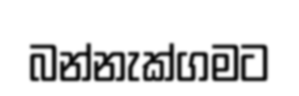
බන්නැක්ගමට